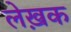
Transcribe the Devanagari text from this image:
लेख़क